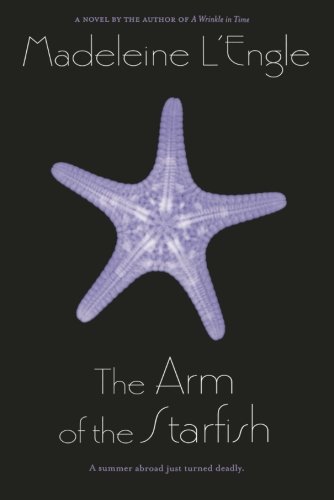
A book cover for The Arm of the Starfish; Madeleine L'Engle; Teen & Young Adult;